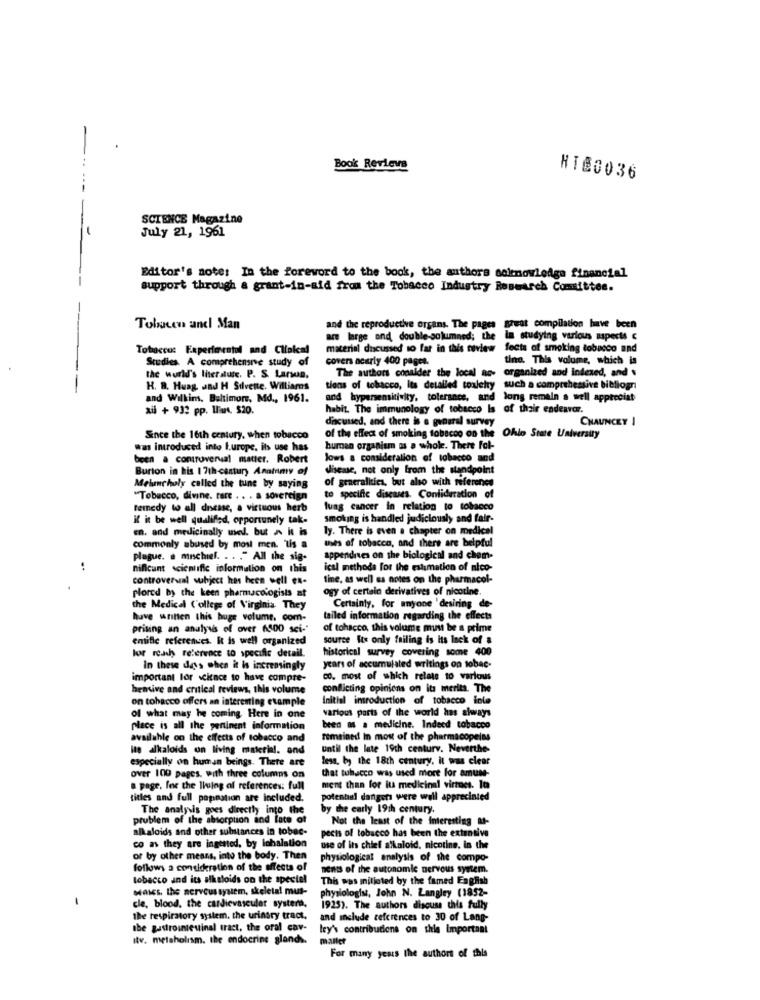
Book Reviews
HI£0036
SCIENCE Magazine
July 21, 1961
Editor's note: In the foreword to the book, the authors soirnowledge financial
support through a grant-in-aid from the Tobacco Industry Research Comittee.
Tobucen andl Man
and the reproductive organs. The pages great compilation have been
are large and double-solumned; the In studying various aspects €
Tobacco: Experimental and Clinical
material discussed so far in this review fects of smoking tobacco and
Studies. A comprehensive study of
covers nearly 400 pages.
tine. This volume, which is
The authors conalder the local ac-
organized and indexed, and
the world's literature. P. S. Larson.
H. B. Huag and H Silvente. Williams
tions of tobacco, its detailed toalety such a comprehensive bibliogr
and Wilkins. Baltimore, Md ., 1961.
and hypersensitivity, tolerance, and long remain a well appreciat
ail + 932 pp. las. $20.
habit. The immunology of tobacco Is
of their endeavor.
dincussed, and there is a general survey
CHAUNCEY I
Since the 16th century, when tobacco
of the effect of smoking tobacco on the
Ohio State University
was introduced into l.urope. its use has
hurdan organism as a whole. There Fol-
been a controverval matter. Robert
lows & consideration of tobacco and
Burton in his 1 7th-century Anatomy of
disease, not only from the sandpoint
of generalities, but also with reference
Melancholy called the tune by saying
"Tobacco, divine. tore .. . a sovereign
to specific diseases. Conlideration of
remedy to all disease, a virtuous herb
lung cancer in relation to tobacco
if it be well qualified, opportunely tak-
smoking is handled judiciously and fair-
en. and medicinally wel. but ~ it is
ly. There is even a chapter on medical
uses of tobacco, and there are belpful
commonly abused by most men. tis a
plugue. . mischief. . . . " All the sig-
appendres on the biological and chem-
:
niflcunt scientific information on this
ical methods for the estimation of nico-
controversal subject hes heen well ex-
tine, as well as notes on the pharmacol-
.
ogy of certain derivatives of nicotine.
pored by the keen pharmacologists at
the Medical College of Virginia They
Certainly, for anyone 'desiring de-
have written this huge volume. com-
tailed information regarding the effects
prising an analysis of over 6500 sei-"
of tohacco, this volume must be a prime
entifie references. It is well organized
source Its only failing is its lack of a
bor ready reference to specific detail.
historical survey covering some 400
In these days when it is increasingly
years of accumulated writings on tobac-
important lor science to have compre-
co. most of which relate to various
bemive and critical reviews, this volume
conflicting opinions on its merits. The
on tobacco offers an interesting example
initial imroduction of tobacco inle
of what may he coming. Here in one
various parts of the world has always
place is all the pertinent information
been as a medicine. Indeed tobacco
available on the effects of tobacco and
remained In most of the pharmacopeins
its alkaloids on living material. and
until the late 19th century. Neverthe-
especially on human beings. There are
less, by the 18th century. it was clear
that tobacco was used more for amuse-
over 100 pages. with three columns on
a page. for the Thing of references: full
ment than for its medicinal virtues. la
titles and full popination are included.
potential dangers were wall appreciated
The analysis goes directly into the
by the carly 19th century.
problem of the absorption ind Late of
Not the least of the interesting &1-
alkaloids and other substances in tobee-
pects of tobacco has been the extensive
co as they are ingested, by lohalation
use of its chief alkaloid, nicotine. in the
or by other means, into the body. Then
physiological analysis of the compo-
follows a consideration of the effects of
nents of the autonomic nervous synem.
tobacco and its alkaloids on the spectel
This was initiated by the famed English
Mais, the nervous system, skeletal mus-
physiologist, John N. Langley (1852-
cle, blood. the cardiovascular systers,
1925). The authors discuss this fully
the respiratory system, the urinary tract.
and include references to 30 of Lang-
the gastrointeuinal tract, the oral cav-
ley's contribudens on this Important
Itv. metaholism. the endocrine glands.
mailet
For many years the authors of this